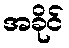
အခိုင်